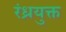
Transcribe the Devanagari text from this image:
रंध्रयुक्त